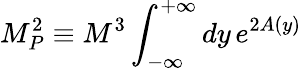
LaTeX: M_{P}^{2}\equiv M^{3}\int_{-\infty}^{+\infty}dy\, e^{2A(y)}